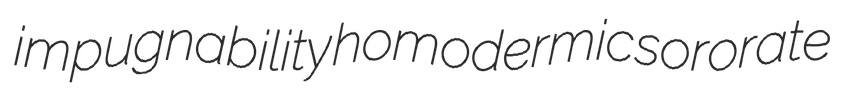
impugnability homodermic sororate